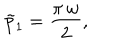
LaTeX: \tilde { p } _ { 1 } = { \frac { \pi \, w } { 2 } } ,